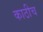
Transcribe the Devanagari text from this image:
काठीच